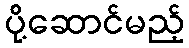
ပို့ဆောင်မည့်